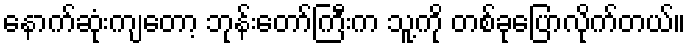
နောက်ဆုံးကျတော့ ဘုန်းတော်ကြီးက သူ့ကို တစ်ခုပြောလိုက်တယ်။